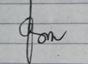
Signature authenticity: genuine